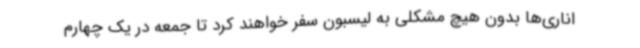
اناری‌ها بدون هیچ مشکلی به لیسبون سفر خواهند کرد تا جمعه در یک چهارم